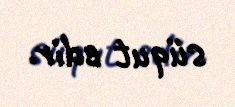
süqut edir.